Third election of Education Authorities, 1925, 1925
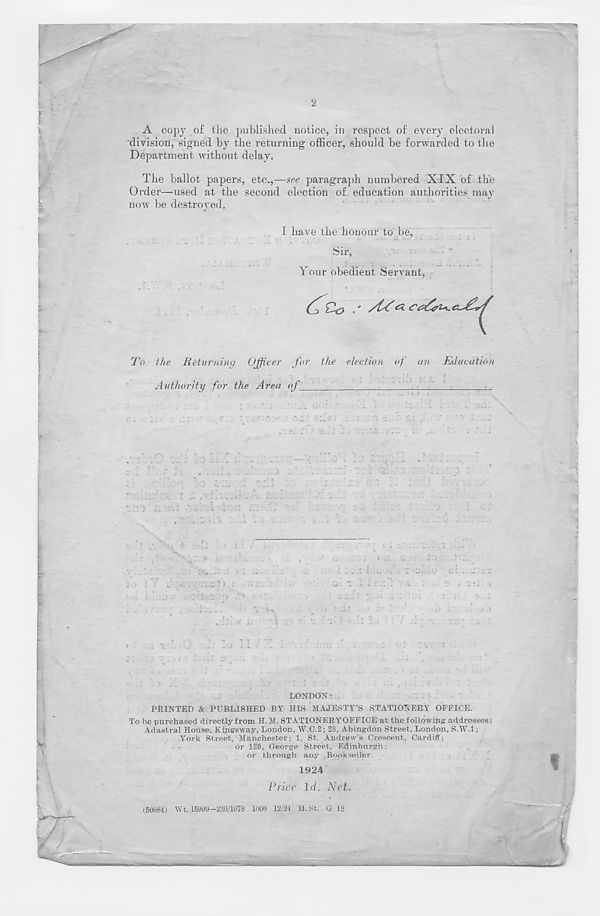
A copy of the published notice, in respect of every electoral
division, signed by the returning officer, should be forwarded to the
Department without delay.
The ballot papers, etc.,—see paragraph numbered XIX of the
Order—used at the second election of education authorities may
now be destroyed.
I have the honour to be,
Sir,
Your obedient Servant,
To Ike Returning Officer for the election of an Education
Authority for the Area of
•.
. .
0. " 1 i ;
1 '
LONDON:
PRINTED & PUBLISHED BY HIS MAJESTY’S STATIONERY OFFICE.
To be purchased directly from H. M. STATIONERY OFFICE at the following' addresses:
Adastral House, Kingsway, London, W.C.2; 28, Abingdon Street, London, S.W.l;
York Street, Manchester; 1, St. Andrew’s Crescent, Cardiff;
or 120, George Street, Edinburgh;
or through any Bookseller.
1924
Price Id. Net.
(.50084) Wt. 15999-230/1078 1000 12/24 H.St. G 18
gUmmum